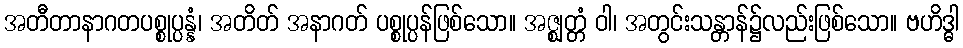
အတီတာနာဂတပစ္စုပ္ပန္နံ၊ အတိတ် အနာဂတ် ပစ္စုပ္ပန်ဖြစ်သော။ အဇ္ဈတ္တံ ဝါ၊ အတွင်းသန္တာန်၌လည်းဖြစ်သော။ ဗဟိဒ္ဓါ